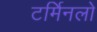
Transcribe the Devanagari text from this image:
टर्मिनलो